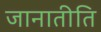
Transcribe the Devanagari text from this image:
जानातीति